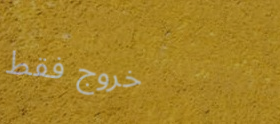
خروج فقط